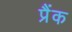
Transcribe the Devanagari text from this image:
प्रैंक